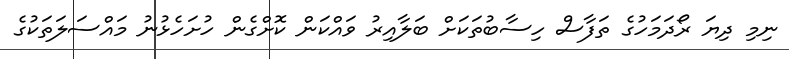
ނިމި ދިޔަ ރޯދަމަހުގެ ތަފާސް ހިސާބުތަކަށް ބަލާއިރު ވައްކަން ކޮށްގެން ހުށަހެޅުނު މައްސަލަތަކުގެ